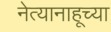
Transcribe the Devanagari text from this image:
नेत्यानाहूच्या